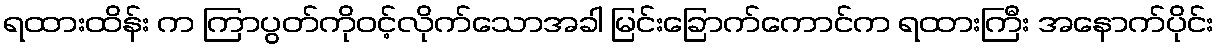
ရထားထိန်း က ကြာပွတ်ကိုဝင့်လိုက်သောအခါ မြင်းခြောက်ကောင်က ရထားကြီး အနောက်ပိုင်း